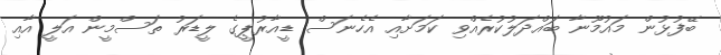
ބޭފުޅުން މައުމޫނާ ބައްދަލުކުރެއްވި ކަމަށާއި އެހެނަސް ޑީއާރުޕީގެ ލީޑަރު ތަސްމީން އަލީ އާއި